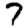
Digit: 7